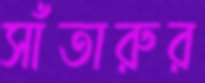
সাঁতারুর